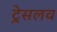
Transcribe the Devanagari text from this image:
ट्रेसलव